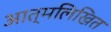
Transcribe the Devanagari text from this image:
आत्मलिखित